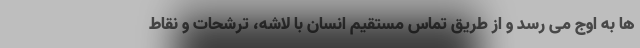
ها به اوج می رسد و از طریق تماس مستقیم انسان با لاشه، ترشحات و نقاط